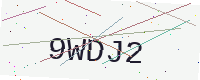
Text: 9WDJ2